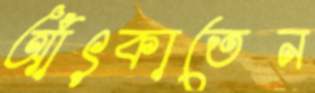
আঁৎকাতেন